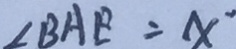
\angle B A E = x ^ { \prime }